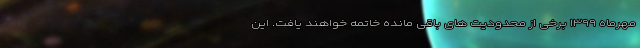
مهرماه ۱۳۹۹ برخی از محدودیت های باقی مانده خاتمه خواهند یافت. این